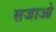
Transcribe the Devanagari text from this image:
सजाओ